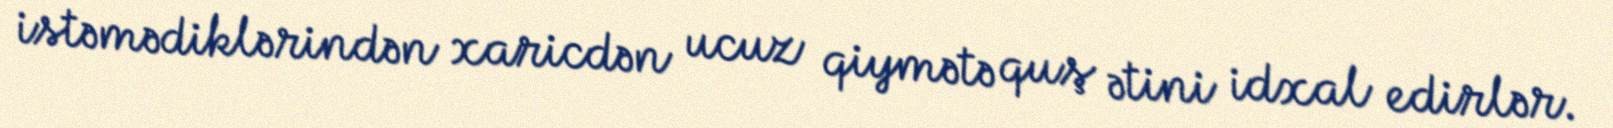
istəmədiklərindən xaricdən ucuz qiymətə quş ətini idxal edirlər.